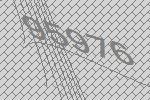
95976